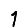
Digit: 1